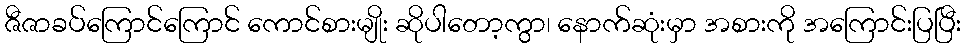
ဇီဇာခပ်ကြောင်ကြောင် ကောင်စားမျိုး ဆိုပါတော့ကွာ၊ နောက်ဆုံးမှာ အစားကို အကြောင်းပြပြီး